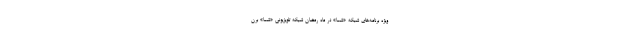
ویژه ‌برنامه‌های شبکه «شما» در ماه رمضان شبکه تلویزیونی «شما» برن